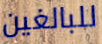
للبالغين